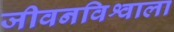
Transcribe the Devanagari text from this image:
जीवनविश्वाला